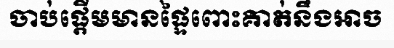
ចាប់ផ្តើមមានផ្ទៃពោះគាត់នឹងអាច